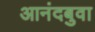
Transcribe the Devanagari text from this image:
आनंदबुवा